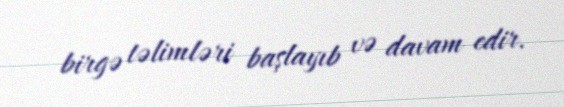
birgə təlimləri başlayıb və davam edir.